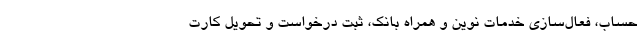
حساب، فعال‌سازی خدمات نوین و همراه بانک، ثبت درخواست و تحویل کارت